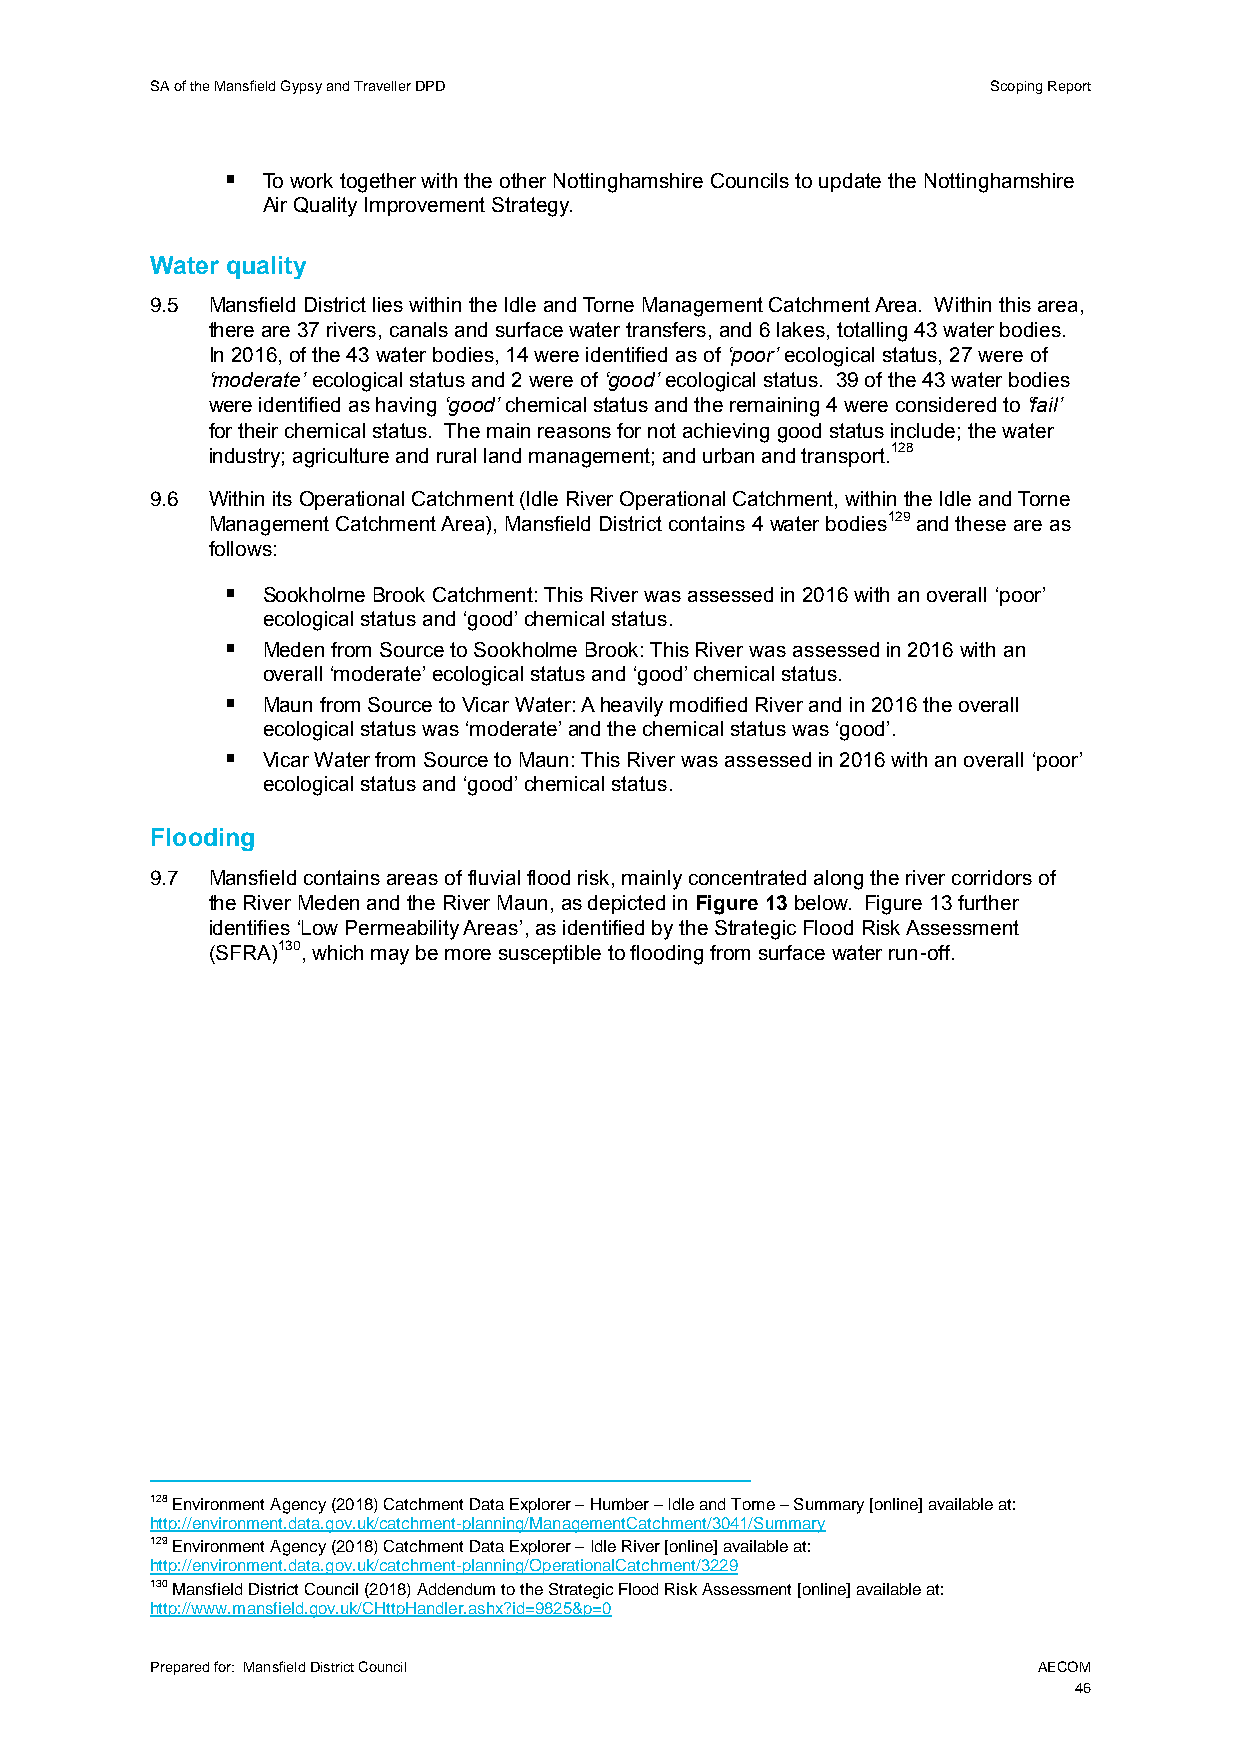
SA of the Mansfield Gypsy and Traveller DPD             Scoping Report
  To work together with the other Nottinghamshire Councils to update the Nottinghamshire
 Air Quality Improvement Strategy.
 Water quality
 9.5 Mansfield District lies within the Idle and Torne Management Catchment Area. Within this area,
 there are 37 rivers, canals and surface water transfers, and 6 lakes, totalling 43 water bodies.
 In 2016, of the 43 water bodies, 14 were identified as of ‘poor’ ecological status, 27 were of
 ‘moderate’ ecological status and 2 were of ‘good’ ecological status. 39 of the 43 water bodies
 were identified as having ‘good’ chemical status and the remaining 4 were considered to ‘fail’
 for their chemical status. The main reasons for not achieving good status include; the water
 industry; agriculture and rural land management; and urban and transport.128
 9.6 Within its Operational Catchment (Idle River Operational Catchment, within the Idle and Torne
 Management Catchment Area), Mansfield District contains 4 water bodies129 and these are as
 follows:
  Sookholme Brook Catchment: This River was assessed in 2016 with an overall ‘poor’
 ecological status and ‘good’ chemical status.
  Meden from Source to Sookholme Brook: This River was assessed in 2016 with an
 overall ‘moderate’ ecological status and ‘good’ chemical status.
  Maun from Source to Vicar Water: A heavily modified River and in 2016 the overall
 ecological status was ‘moderate’ and the chemical status was ‘good’.
  Vicar Water from Source to Maun: This River was assessed in 2016 with an overall ‘poor’
 ecological status and ‘good’ chemical status.
 Flooding
 9.7 Mansfield contains areas of fluvial flood risk, mainly concentrated along the river corridors of
 the River Meden and the River Maun, as depicted in Figure 13 below. Figure 13 further
 identifies ‘Low Permeability Areas’, as identified by the Strategic Flood Risk Assessment
 (SFRA)130, which may be more susceptible to flooding from surface water run-off.
 128 Environment Agency (2018) Catchment Data Explorer – Humber – Idle and Torne – Summary [online] available at:
 http://environment.data.gov.uk/catchment-planning/ManagementCatchment/3041/Summary
 129 Environment Agency (2018) Catchment Data Explorer – Idle River [online] available at:
 http://environment.data.gov.uk/catchment-planning/OperationalCatchment/3229
 130 Mansfield District Council (2018) Addendum to the Strategic Flood Risk Assessment [online] available at:
 http://www.mansfield.gov.uk/CHttpHandler.ashx?id=9825&p=0
 Prepared for: Mansfield District Council                   AECOM
 46